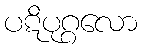
ပဋိပုဂ္ဂလော